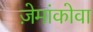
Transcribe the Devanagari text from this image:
ज़ेमांकोवा